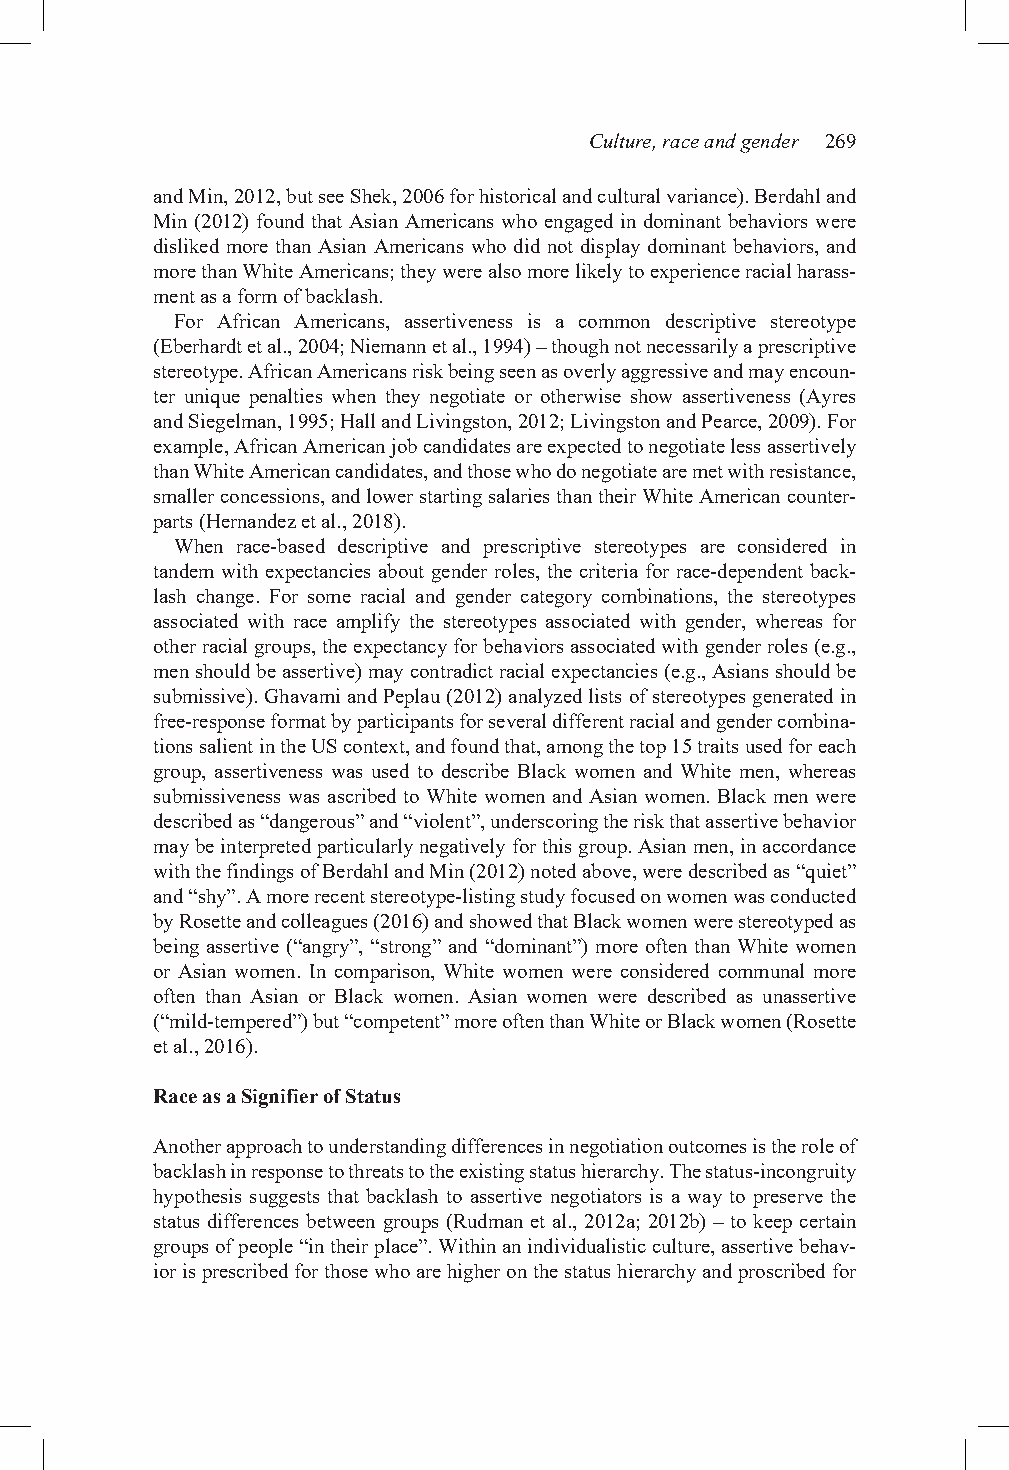
Culture, race and gender 269
 and Min, 2012, but see Shek, 2006 for historical and cultural variance). Berdahl and
 Min (2012) found that Asian Americans who engaged in dominant behaviors were
 disliked more than Asian Americans who did not display dominant behaviors, and
 more than White Americans; they were also more likely to experience racial harass-
 ment as a form of backlash.
 For African Americans, assertiveness is a common descriptive stereotype
 (Eberhardt et al., 2004; Niemann et al., 1994) – though not necessarily a prescriptive
 stereotype. African Americans risk being seen as overly aggressive and may encoun-
 ter unique penalties when they negotiate or otherwise show assertiveness (Ayres
 and Siegelman, 1995; Hall and Livingston, 2012; Livingston and Pearce, 2009). For
 example, African American job candidates are expected to negotiate less assertively
 than White American candidates, and those who do negotiate are met with resistance,
 smaller concessions, and lower starting salaries than their White American counter-
 parts (Hernandez et al., 2018).
 When race-based descriptive and prescriptive stereotypes are considered in
 tandem with expectancies about gender roles, the criteria for race-dependent back-
 lash change. For some racial and gender category combinations, the stereotypes
 associated with race amplify the stereotypes associated with gender, whereas for
 other racial groups, the expectancy for behaviors associated with gender roles (e.g.,
 men should be assertive) may contradict racial expectancies (e.g., Asians should be
 submissive). Ghavami and Peplau (2012) analyzed lists of stereotypes generated in
 free-response format by participants for several different racial and gender combina-
 tions salient in the US context, and found that, among the top 15 traits used for each
 group, assertiveness was used to describe Black women and White men, whereas
 submissiveness was ascribed to White women and Asian women. Black men were
 described as “dangerous” and “violent”, underscoring the risk that assertive behavior
 may be interpreted particularly negatively for this group. Asian men, in accordance
 with the findings of Berdahl and Min (2012) noted above, were described as “quiet”
 and “shy”. A more recent stereotype-listing study focused on women was conducted
 by Rosette and colleagues (2016) and showed that Black women were stereotyped as
 being assertive (“angry”, “strong” and “dominant”) more often than White women
 or Asian women. In comparison, White women were considered communal more
 often than Asian or Black women. Asian women were described as unassertive
 (“mild-tempered”) but “competent” more often than White or Black women (Rosette
 et al., 2016).
 Race as a Signifier of Status
 Another approach to understanding differences in negotiation outcomes is the role of
 backlash in response to threats to the existing status hierarchy. The status-incongruity
 hypothesis suggests that backlash to assertive negotiators is a way to preserve the
 status differences between groups (Rudman et al., 2012a; 2012b) – to keep certain
 groups of people “in their place”. Within an individualistic culture, assertive behav-
 ior is prescribed for those who are higher on the status hierarchy and proscribed for